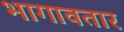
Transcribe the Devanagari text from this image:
भागावतार